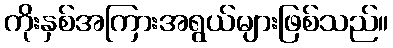
ကိုးနှစ်အကြားအရွယ်များဖြစ်သည်။